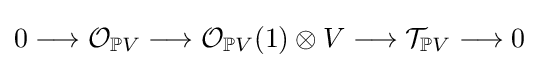
0\longrightarrow {\mathcal {O}}_{\mathbb {P} V}\longrightarrow {\mathcal {O}}_{\mathbb {P} V}(1)\otimes V\longrightarrow {\mathcal {T}}_{\mathbb {P} V}\longrightarrow 0